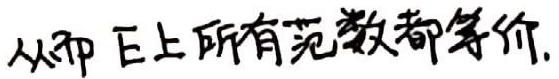
从而 $\mathrm{E}$ 上所有范数都等价.